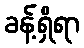
ခန့်ရှိရာ